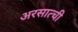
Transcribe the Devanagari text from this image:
अरसात्ची